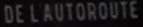
DE L'AUTOROUTE